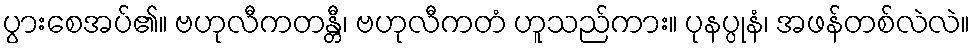
ပွားစေအပ်၏။ ဗဟုလီကတန္တီ၊ ဗဟုလီကတံ ဟူသည်ကား။ ပုနပ္ပုနံ၊ အဖန်တစ်လဲလဲ။